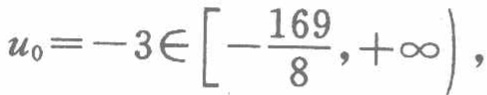
\(u_{0}=-3\in \left[-\frac{169}{8},+\infty\right),\)